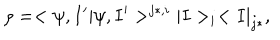
\rho = < \psi , I ^ { \prime } | \psi , I ^ { \prime } > ^ { j * , i } | I > _ { i } < I | _ { j * } ,